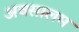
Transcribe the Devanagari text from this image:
अवसालम